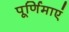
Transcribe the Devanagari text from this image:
पूर्णिमाएं